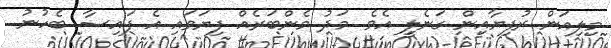
މިލިއަން ރުފިޔާއިން ގަނެލީ އެވެ. މަދު މެންބަރެއް ފިޔަވައި އެ ފައިސާ ބެހުނު